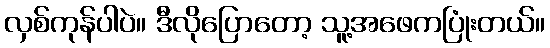
လှစ်ကုန်ပါပဲ။ ဒီလိုပြောတော့ သူ့အဖေကပြုံးတယ်။